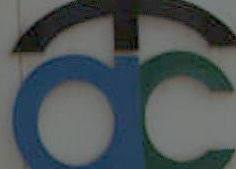
OC